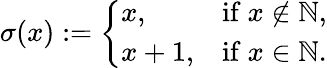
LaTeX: \sigma(x):={\left\{ \begin{array}{ll}{x,}&{{\mathrm{if~}}x\not\in\mathbb{N},}\\ {x+1,}&{{\mathrm{if~}}x\in\mathbb{N}.}\end{array}\right.}